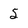
Character: 5